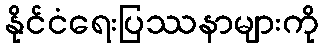
နိုင်ငံရေးပြဿနာများကို